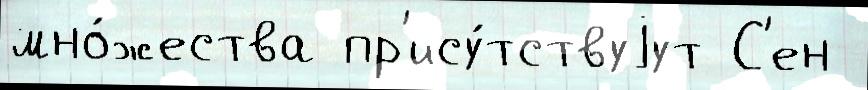
мно́жества пр'ису́тствуjут С'ен